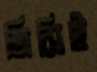
জিসিই